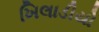
ખિલાડીયો